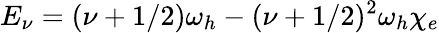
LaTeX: E_{\nu}=(\nu+1/2)\omega_{h}-(\nu+1/2)^{2}\omega_{h}\chi_{e}